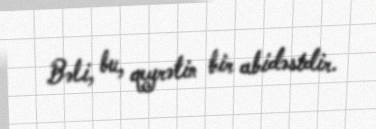
Bəli, bu, qeyrətin bir abidəsidir.